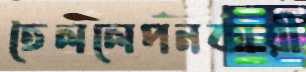
তৈললেপনকারী